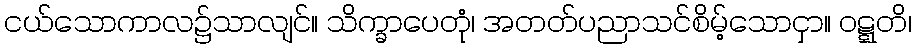
ငယ်သောကာလ၌သာလျင်။ သိက္ခာပေတုံ၊ အတတ်ပညာသင်စိမ့်သောငှာ။ ဝဋ္ဋတိ၊